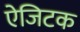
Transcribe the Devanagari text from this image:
ऐजिटक